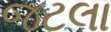
જટલા